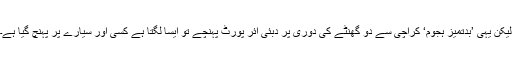
لیکن یہی ’بدتمیز ہجوم‘ کراچی سے دو گھنٹے کی دوری پر دبئی ائر پورٹ پہنچے تو ایسا لگتا ہے کسی اور سیارے پر پہنچ گیا ہے۔